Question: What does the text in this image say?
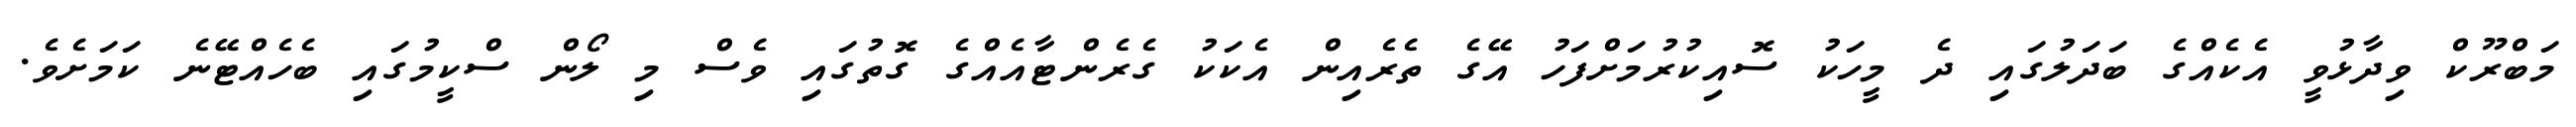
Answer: މަބްރޫކް ވިދާޅުވީ އެކެއްގެ ބަދަލުގައި ދެ މީހަކު ސޮއިކުރުމަށްފަހު އޭގެ ތެރެއިން އެކަކު ގެރެންޓާއެއްގެ ގޮތުގައި ވެސް މި ލޯން ސްކީމުގައި ބެހެއްޓޭނެ ކަމަށެވެ.